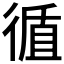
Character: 𢕀